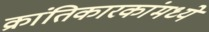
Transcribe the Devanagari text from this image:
क्रांतिकारकांमध्ये